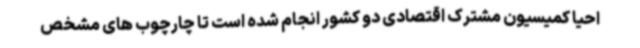
احیا کمیسیون مشترک اقتصادی دو کشور انجام شده است تا چارچوب های مشخص